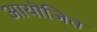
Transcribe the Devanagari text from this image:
आयॊजित